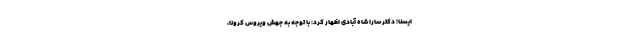
ایسنا؛ دکتر سارا شاه آبادی اظهار کرد: با توجه به جهش ویروس کرونا،